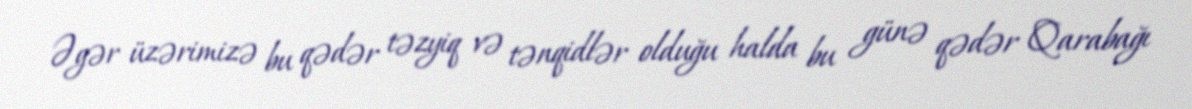
Əgər üzərimizə bu qədər təzyiq və tənqidlər olduğu halda bu günə qədər Qarabağı